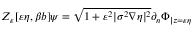
Z _ { \varepsilon } [ \varepsilon \eta , \beta b ] \psi = \sqrt { 1 + \varepsilon ^ { 2 } | \sigma ^ { 2 } \nabla \eta | ^ { 2 } } \partial _ { n } \Phi _ { | z = \varepsilon \eta }